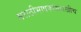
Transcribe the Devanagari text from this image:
मराठीभाषकांसारखीच